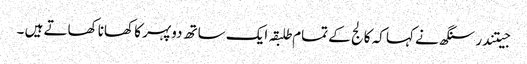
جیتندر سنگھ نے کہا کہ کالج کے تمام طلبقہ ایک ساتھ دوپہر کا کھانا کھاتے ہیں ۔